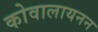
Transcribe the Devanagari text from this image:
कोवालायनन